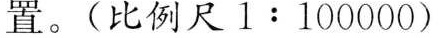
置。(比例尺1：100000)